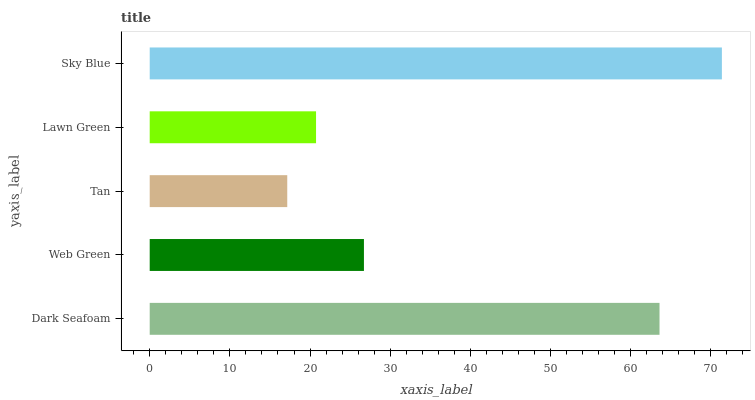
| yaxis_label | bars |
 | --- | --- |
 | Dark Seafoam | 63.6 |
 | Web Green | 26.7 |
 | Tan | 17.2 |
 | Lawn Green | 20.7 |
 | Sky Blue | 71.4 |